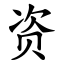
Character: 资